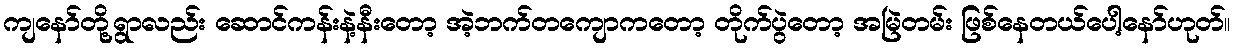
ကျနော်တို့ရွာလည်း ဆောင်ကန်းနဲ့နီးတော့ အဲ့ဘက်တကျောကတော့ တိုက်ပွဲတော့ အမြဲတမ်း ဖြစ်နေတယ်ပေါ့နော်ဟုတ်။